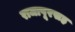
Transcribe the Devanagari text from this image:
राजापूरसह